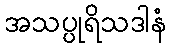
အသပ္ပုရိသဒါနံ